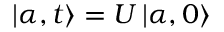
\left| \alpha , t \right\rangle = U \left| \alpha , 0 \right\rangle